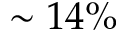
\sim 1 4 \%